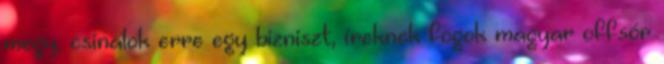
megy, csinálok erre egy bizniszt, íreknek fogok magyar offsór